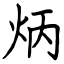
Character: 炳